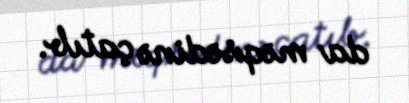
da məqsədinə çatıb.